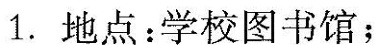
1.地点：学校图书馆；